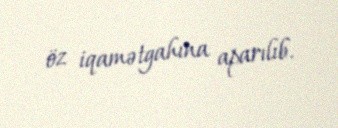
öz iqamətgahına aparılıb.